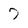
Character: 7